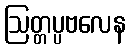
ဩတ္တပ္ပဗလေန